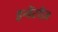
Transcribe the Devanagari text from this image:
इन्वेंटरीज़